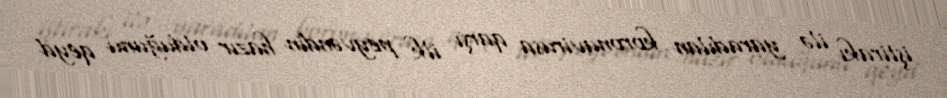
iştirakı ilə yaradılan koronavirusa qarşı ilk peyvəndin hazır olduğunu qeyd